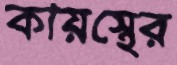
কায়স্থের